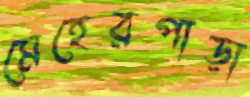
মেহেরপাড়া